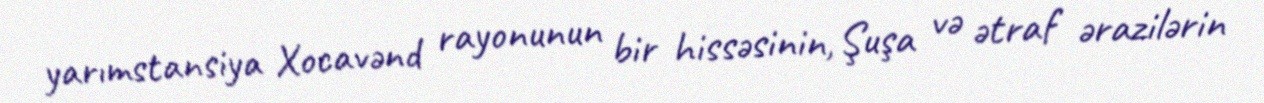
yarımstansiya Xocavənd rayonunun bir hissəsinin, Şuşa və ətraf ərazilərin